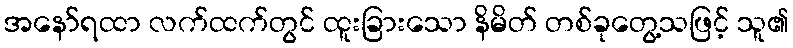
အနော်ရထာ လက်ထက်တွင် ထူးခြားသော နိမိတ် တစ်ခုတွေ့သဖြင့် သူ၏